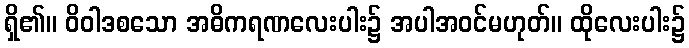
ရှိ၏။ ဝိဝါဒစသော အဓိကရဏလေးပါး၌ အပါအဝင်မဟုတ်။ ထိုလေးပါး၌